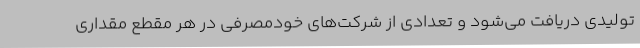
تولیدی دریافت می‌شود و تعدادی از شرکت‌های خودمصرفی در هر مقطع مقداری